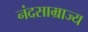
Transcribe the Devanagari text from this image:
नंदसाम्राज्य